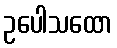
ဥပေါသထော